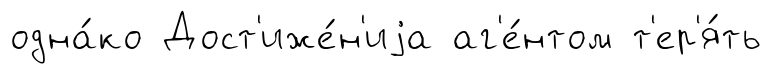
одна́ко Дост'иже́н'иjа аг'е́нтом т'ер'я́ть